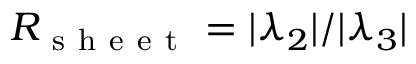
R _ { \mathrm { ~ s ~ h ~ e ~ e ~ t ~ } } = \vert \lambda _ { 2 } \vert / \vert \lambda _ { 3 } \vert